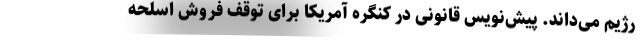
رژیم می‌داند. پیش‌نویس قانونی در کنگره آمریکا برای توقف فروش اسلحه